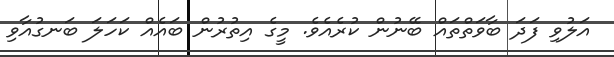
އަލުވި ފަދަ ބާވަތްތައް ބޭނުން ކުރެއެވެ. މީގެ އިތުރުން ބައެއް ކަހަލަ ބަނގުއާވި